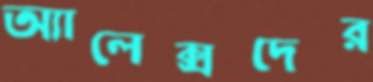
অ্যালেক্সদের